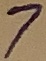
Text: 7